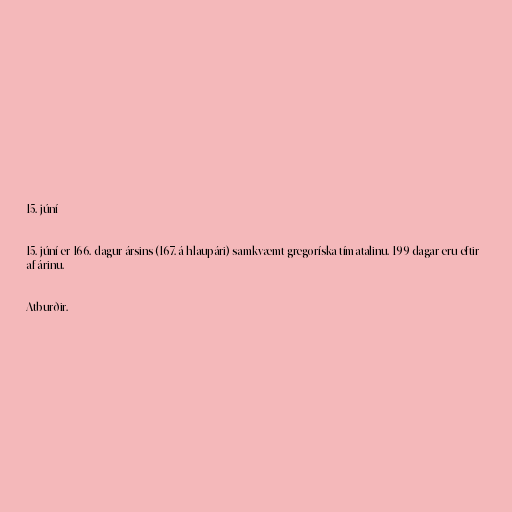
15. júní

15. júní er 166. dagur ársins (167. á hlaupári) samkvæmt gregoríska tímatalinu. 199 dagar eru eftir
af árinu.

Atburðir.